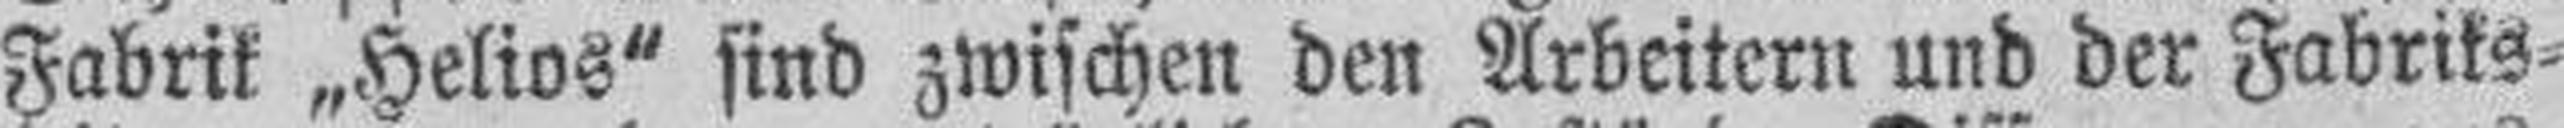
Fabrik „Helios“ sind zwischen den Arbeitern und der Fabriks¬